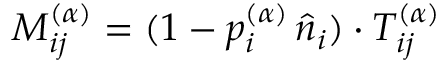
M _ { i j } ^ { ( \alpha ) } = ( 1 - p _ { i } ^ { ( \alpha ) } \, \hat { n } _ { i } ) \cdot T _ { i j } ^ { ( \alpha ) }